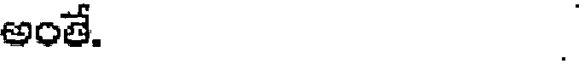
అంతే. .